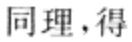
同理，得